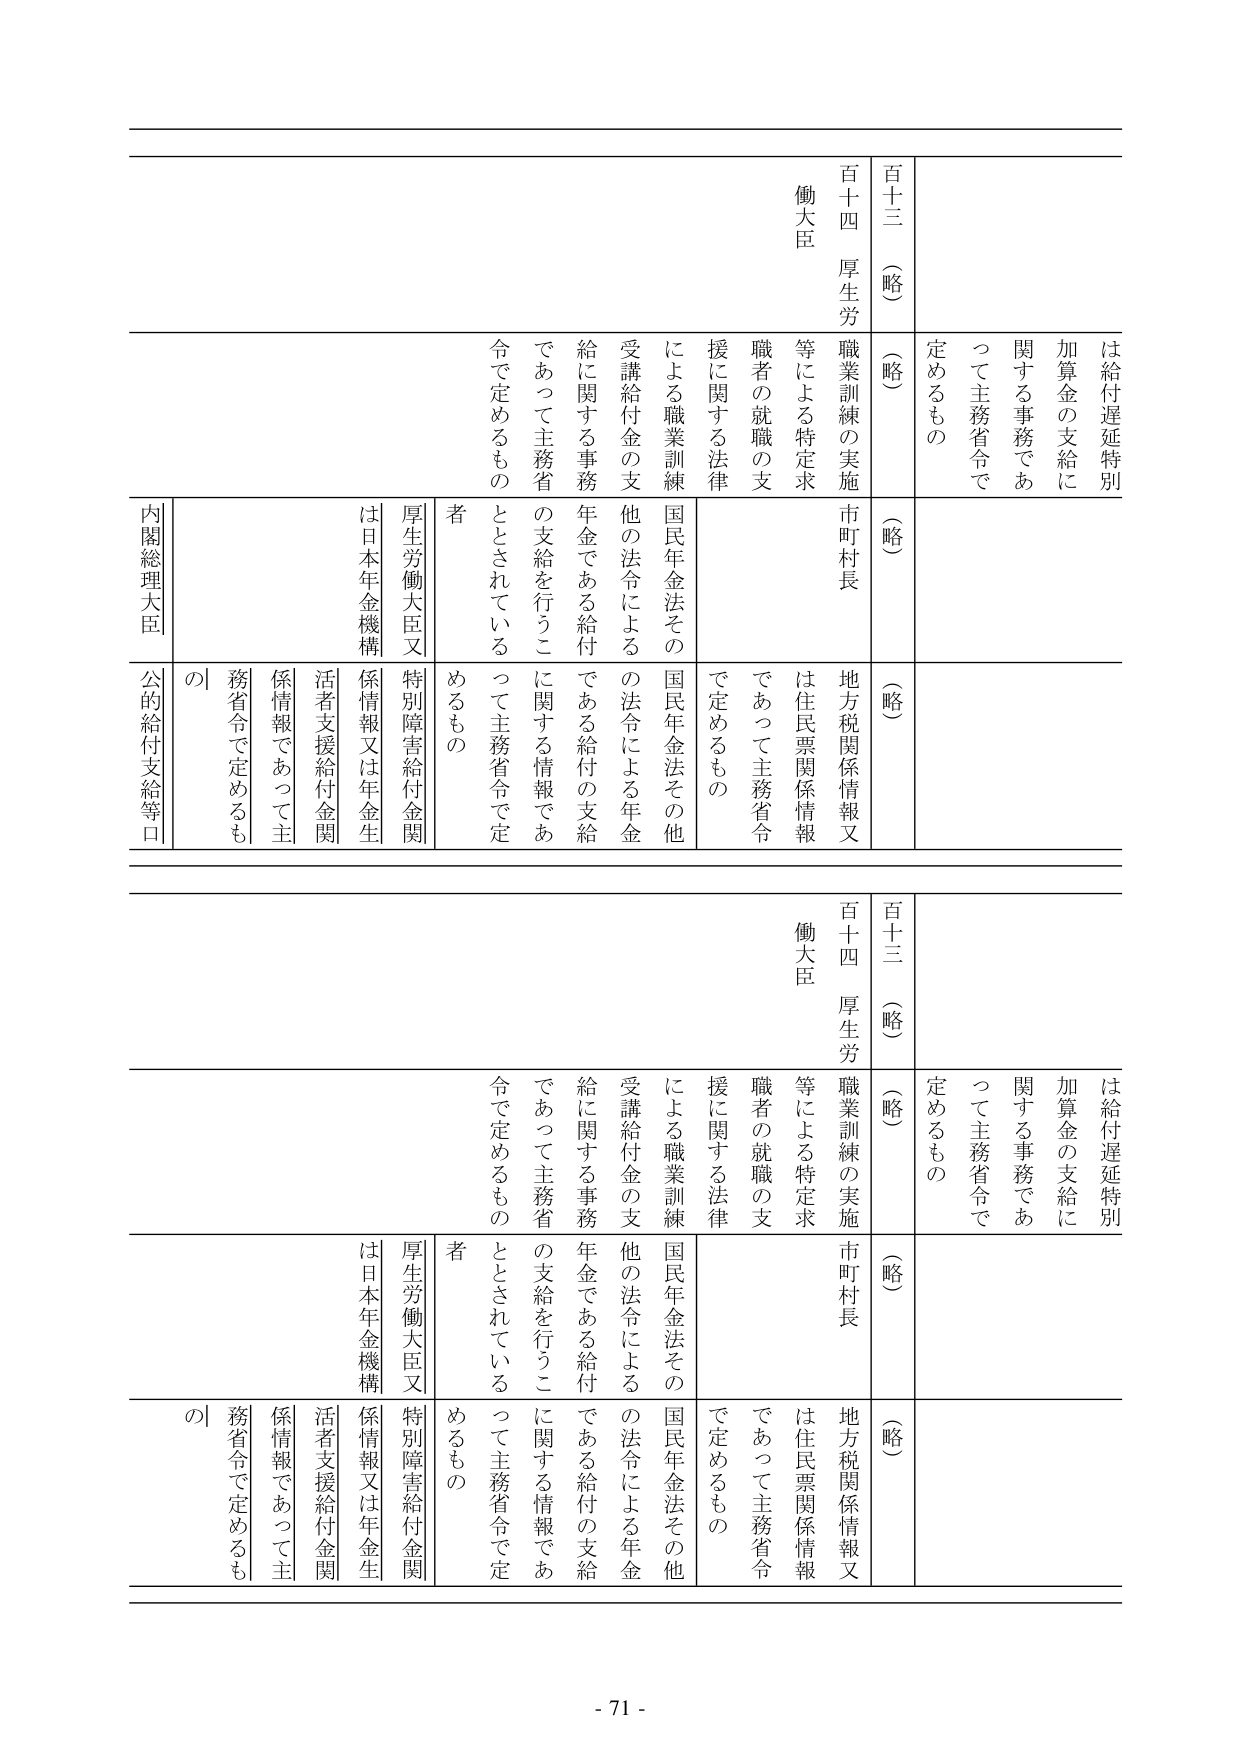
百十三（略）
百十四 厚生労働大臣

は給付遅延特別加算金の支給に関する事務であって主務省令で定めるもの

（略）
職業訓練の実施等による特定求職者の就職の支援に関する法律による職業訓練受講給付金の支給に関する事務であって主務省令で定めるもの

（略）
市町村長
地方税関係情報又は住民票関係情報であって主務省令で定めるもの

厚生労働大臣又は日本年金機構
特別障害給付金関係情報又は年金生活者支援給付金関係情報であって主務省令で定めるもの

内閣総理大臣
公的給付支給等口の

百十三（略）
百十四 厚生労働大臣

は給付遅延特別加算金の支給に関する事務であって主務省令で定めるもの

（略）
職業訓練の実施等による特定求職者の就職の支援に関する法律による職業訓練受講給付金の支給に関する事務であって主務省令で定めるもの

（略）
市町村長
地方税関係情報又は住民票関係情報であって主務省令で定めるもの

厚生労働大臣又は日本年金機構
特別障害給付金関係情報又は年金生活者支援給付金関係情報であって主務省令で定めるもの

の

- 71 -